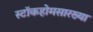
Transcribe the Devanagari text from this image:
स्टॉकहोमसारख्या